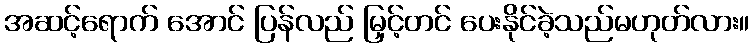
အဆင့်ရောက် အောင် ပြန်လည် မြှင့်တင် ပေးနိုင်ခဲ့သည်မဟုတ်လား။